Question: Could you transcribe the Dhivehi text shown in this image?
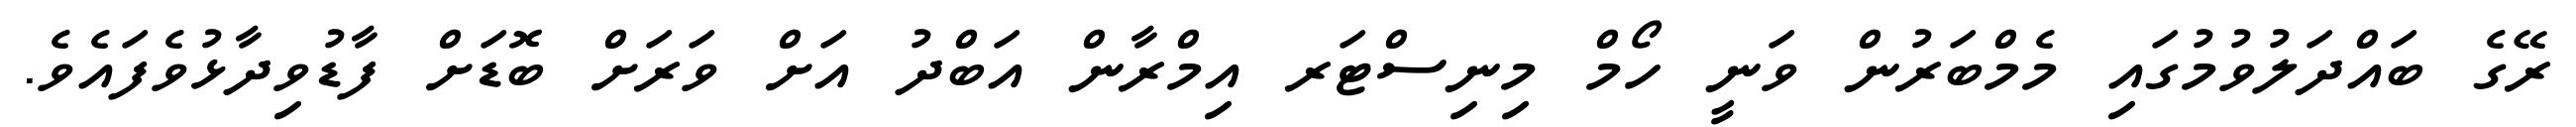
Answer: ރޭގެ ބައްދަލުވުމުގައި މެމްބަރުން ވަނީ ހޯމް މިނިސްޓަރ އިމްރާން އަބްދު އަށް ވަރަށް ބޮޑަށް ފާޑުވިދާޅުވެފައެވެ.